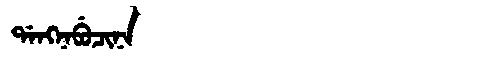
Manchu: ᡩᠠᠩᠨᠠᠪᡠᠴᡳᠨᠠ
Romanization: DANGNABUCINA